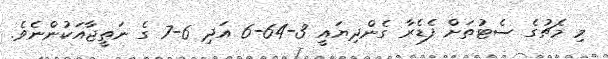
މި މެޗުގެ ސެޓުތަށް ފެޑެރާ ގެންދިޔައީ 3-64-6 އަދި 6-7 ގެ ނަތީޖާއަކުންނެވެ.